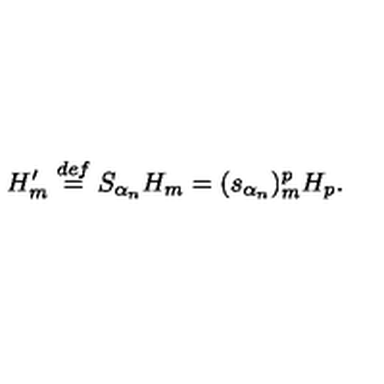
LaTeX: H _ { m } ^ { \prime } \stackrel { d e f } { = } S _ { \alpha _ { n } } H _ { m } = ( s _ { \alpha _ { n } } ) _ { m } ^ { p } H _ { p } .